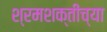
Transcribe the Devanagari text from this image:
श्रमशक्तीच्या